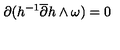
\partial ( h ^ { - 1 } \overline { { \partial } } h \wedge \omega ) = 0